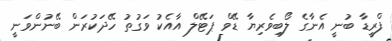
ފްރީޑާ ބުނީ އެނާގެ ލޯބިވެރިޔާ ޑޭވް ޕަޓޭލް އާއެކު ވަގުތު ހޭދަކުރަން ބޭނުންވަނީ